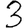
Digit: 3